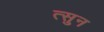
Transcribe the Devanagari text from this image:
त्सुन